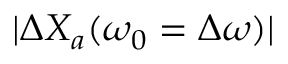
| \Delta X _ { a } ( \omega _ { 0 } = \Delta \omega ) |